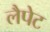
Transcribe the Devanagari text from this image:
लैपेट